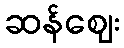
ဆန်ဈေး